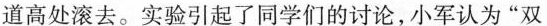
道高处滚去。实验引起了同学们的讨论，小军认为”双